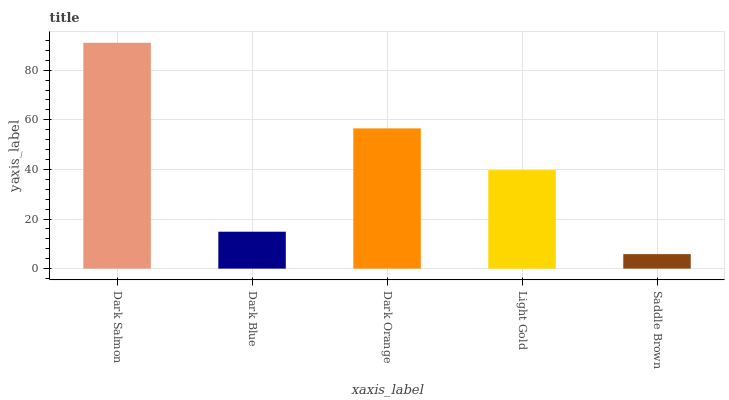
| xaxis_label | bars |
 | --- | --- |
 | Dark Salmon | 91.1 |
 | Dark Blue | 14.9 |
 | Dark Orange | 56.5 |
 | Light Gold | 39.7 |
 | Saddle Brown | 5.84 |